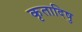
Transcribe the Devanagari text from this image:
कृतादिषु